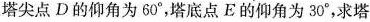
塔尖点D的仰角为60°，塔底点E的仰角为30°，求塔